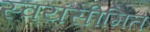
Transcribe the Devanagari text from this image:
स्वयंसीमित